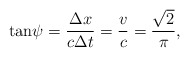
\begin{align*}\tan\!\psi=\frac{\Delta x}{c\Delta t}=\frac{v}{c}= \frac{\sqrt2}{\pi},\end{align*}